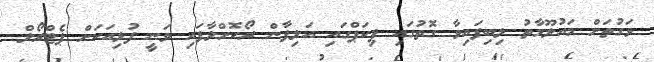
ވަގުތަށް މައުލޫމާތު ލިބިފައިވާ ގޮތުގައި ޕިކަޕްގައި އަލިފާން ރޯކޮށްލާފައި ވަނީ ފުޅިއަކަށް ޕެޓްރޯލް